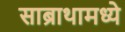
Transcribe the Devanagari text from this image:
साब्राथामध्ये